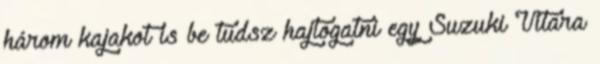
három kajakot is be tudsz hajtogatni egy Suzuki Vitara